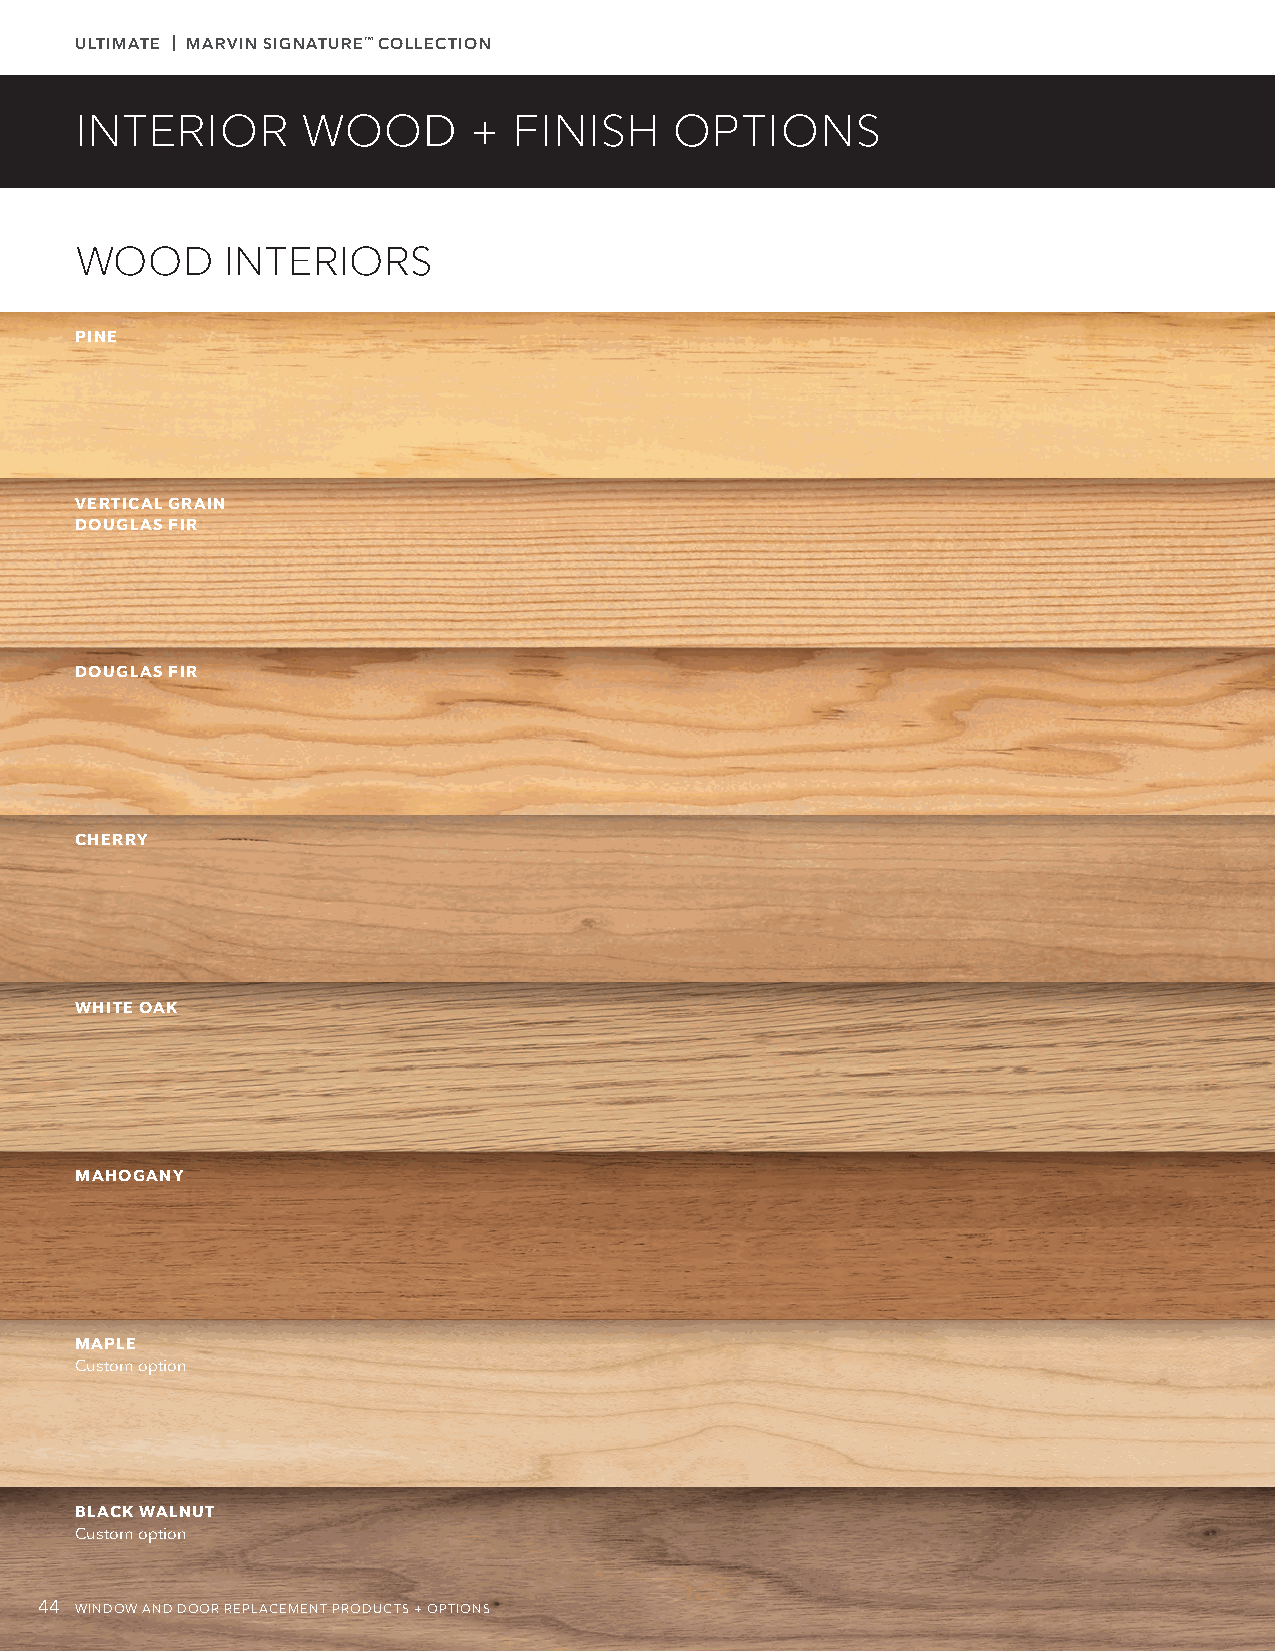
ULTIMATE | MARVIN SIGNATURE™ COLLECTION
 INTERIOR       WOOD       +  FINISH     OPTIONS
 WOOD      INTERIORS
 PINE
 VERTICAL GRAIN
 DOUGLAS FIR
 DOUGLAS FIR
 CHERRY
 WHITE OAK
 MAHOGANY
 MAPLE
 Custom option
 BLACK WALNUT
 Custom option
 44 WINDOW AND DOOR REPLACEMENT PRODUCTS + OPTIONS